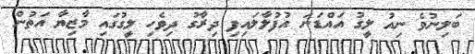
ބަލިނުވެ ނިއު ލީގު އައްޑަނަ އުފުލާލައިފި ދިރާގު ދިވެހި ލީގުގައި މާޒިޔާ އަތުން